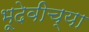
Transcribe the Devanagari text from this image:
भूदेवीच्या